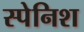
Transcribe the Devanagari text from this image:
स्‍पेनिश्‍ा